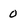
Character: 0